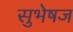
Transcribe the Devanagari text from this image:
सुभेषज